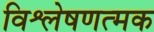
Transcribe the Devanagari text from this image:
विश्लेषणत्मक